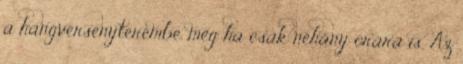
a hangversenyterembe. még ha csak néhány órára is. Az